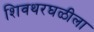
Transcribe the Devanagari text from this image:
शिवथरघळीला